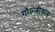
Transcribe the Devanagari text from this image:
गॉल्जीकाय